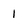
Character: 1